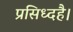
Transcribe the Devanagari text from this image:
प्रसिध्दहै।